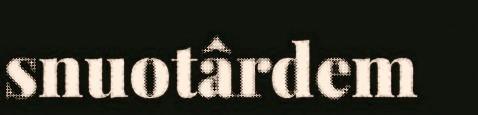
snuotârdem